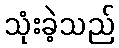
သုံးခဲ့သည်